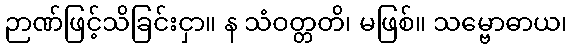
ဉာဏ်ဖြင့်သိခြင်းငှာ။ န သံဝတ္တတိ၊ မဖြစ်။ သမ္ဗောဓာယ၊